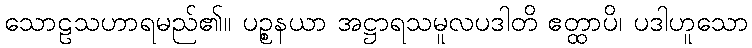
သောဠသဟာရမည်၏။ ပဉ္စနယာ အဋ္ဌာရသမူလပဒါတိ ဧတ္ထာပိ၊ ပဒါဟူသော